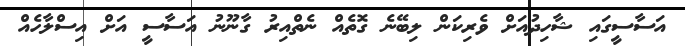
އަސާސީގައި ޝާހިދުއަށް ވެރިކަން ލިބޭނެ ގޮތެއް ނެތްއިރު ގާނޫނު އަސާސީ އަށް އިސްލާހެއް